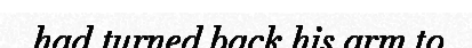
had turned back his arm to